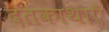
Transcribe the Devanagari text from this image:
दंतकाथाएँ